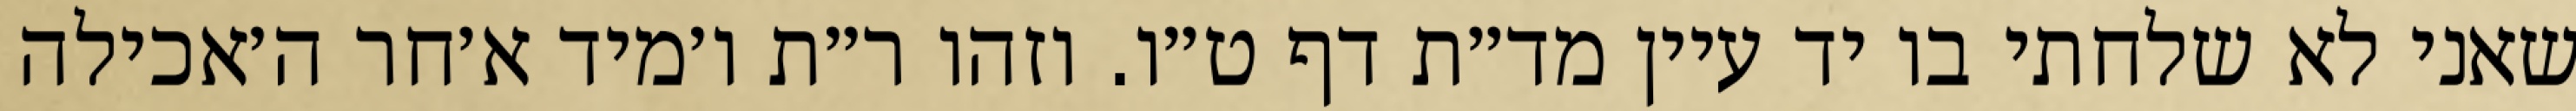
שאני לא שלחתי בו יד עיין מד״ת דף ט״ו. וזהו ר״ת ו׳מיד א׳חר ה׳אכילה